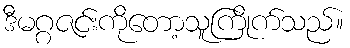
ဒီမဂ္ဂဇင်းကိုတော့သူကြိုက်သည်။